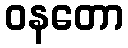
ဝနတော